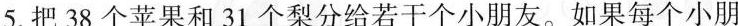
5.把38个苹果和31个梨分给若干个小朋友。如果每个小朋